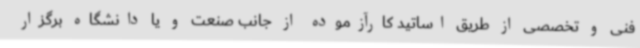
فنی و تخصصی از طریق اساتید کارآزموده از جانب صنعت و یا دانشگاه برگزار